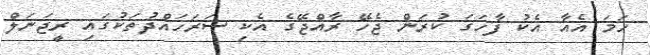
ހަމަ އެއާ އެކު ފާހަގަ ކުރަން ޖެހޭ ރާއްޖޭގެ އެކި ސަރަހައްދުތަކުގައި ރީޖަނަލް